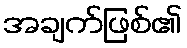
အချက်ဖြစ်၏